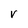
Character: V